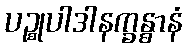
ပဉ္စုပါဒါနက္ခန္ဓာနံ